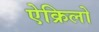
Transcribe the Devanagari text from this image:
ऐक्रिलो